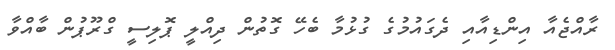
ރާއްޖެއާ އިންޑިއާއި ދެގައުމުގެ ގުޅުމާ ބެހޭ ގޮތުން ދިއްލީ ޕޮލިސީ ގްރޫޕުން ބާއްވާ